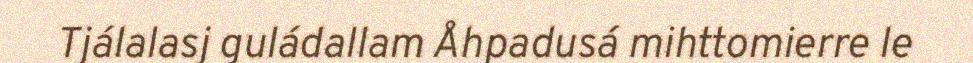
Tjálalasj guládallam Åhpadusá mihttomierre le